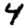
Digit: 4